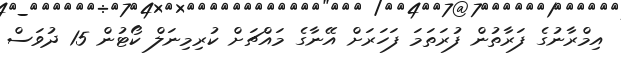
އިމްރާނުގެ ފަރާތުުން ފުރަތަމަ ފަހަރަށް އޭނާގެ މައްޗަށް ކުރިމިނަލް ކޯޓުން 15 ދުވަސް